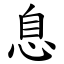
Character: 息